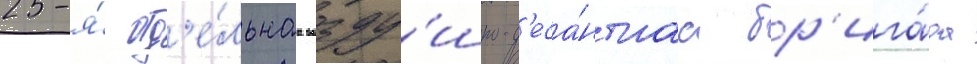
25-я́ отд'е́льнаа возду́шно-д'еса́нтнаа бр'ига́да